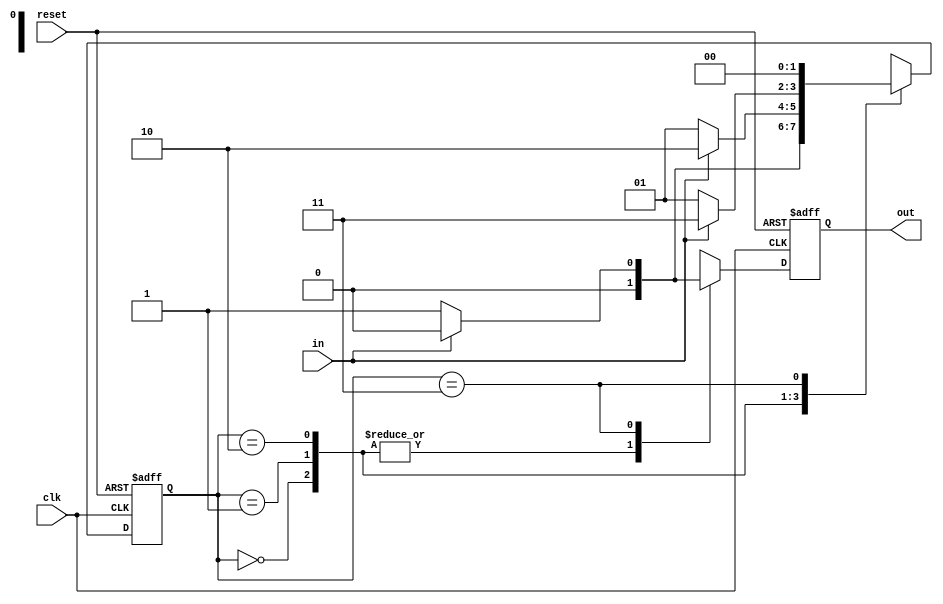
module detector_mealy (in, clk, reset, out);
    input in, clk, reset;
    output reg out;

    reg [1:0] state;  // 2-bit state
    parameter S_default = 2'b00, S0 = 2'b01, S01 = 2'b10, S011 = 2'b11;

    initial begin
        state = S_default;
        out = 1'b0;
    end

    always @(posedge clk or posedge reset) begin
        if (reset) begin
            state <= S_default;
            out <= 1'b0;
        end else begin
            case (state)
                S_default: begin
                    if (!in) begin
                        state <= S0;
                        out <= 1'b0;
                    end else begin
                        state <= S_default;
                        out <= 1'b0;
                    end
                end
                S0: begin
                    if (in) begin
                        state <= S01;
                        out <= 1'b0;
                    end else begin
                        state <= S0;
                        out <= 1'b0;
                    end
                end
                S01: begin
                    if (in) begin
                        state <= S011;
                        out <= 1'b0;
                    end else begin
                        state <= S0;
                        out <= 1'b0;
                    end
                end
                S011: begin
                    if (in) begin
                        state <= S_default;
                        out <= 1'b0;
                    end else begin
                        state <= S_default;
                        out <= 1'b1;
                    end
                end
            endcase
        end
    end
    
endmodule